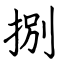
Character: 捌